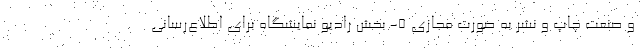
و صنعت چاپ و نشر به صورت مجازی ۵- بخش رادیو‌ نمایشگاه برای اطلاع‌رسانی